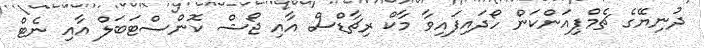
ދުނިޔޭގެ ޗެމްޕިއަންކަން ހޯދައިފައިވާ މާކް ރިޗާޑްސް އާއި ޖޯޝް ކޮންސްޓަބަލް އާއި ނެޓް